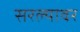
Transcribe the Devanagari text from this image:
सरल्यावर